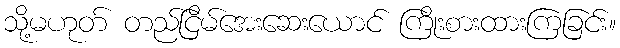
သို့မဟုတ် တည်ငြိမ်အေးဆေးယောင် ကြိုးစားထားကြခြင်း။